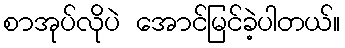
စာအုပ်လိုပဲ အောင်မြင်ခဲ့ပါတယ်။